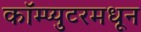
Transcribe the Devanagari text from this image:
कॉम्प्युटरमधून